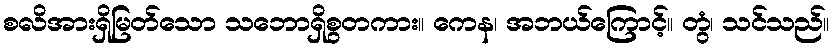
စလိအားရှိမြတ်သော သဘောရှိစွတကား။ ကေန၊ အဘယ်ကြောင့်။ တွံ၊ သင်သည်။